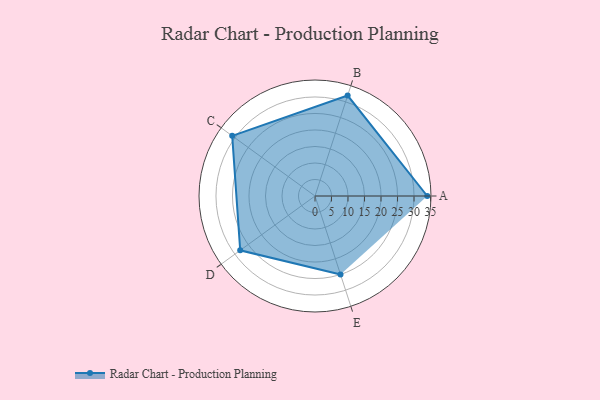
{"axis": {"x": "Skill", "y": "Score"}, "legend": ["Profile"], "data": [{"x": "A", "y": 34.0, "type": "Profile"}, {"x": "B", "y": 32.0, "type": "Profile"}, {"x": "C", "y": 31.0, "type": "Profile"}, {"x": "D", "y": 28.0, "type": "Profile"}, {"x": "E", "y": 25.0, "type": "Profile"}]}